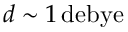
d \sim 1 \, \mathrm { d e b y e }